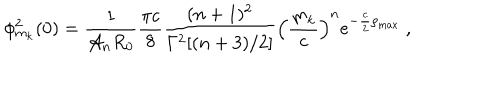
\phi _ { m _ { k } } ^ { 2 } ( 0 ) = \frac { 1 } { { \cal A } _ { n } R _ { 0 } } \frac { \pi c } { 8 } \frac { ( n + 1 ) ^ { 2 } } { \Gamma ^ { 2 } [ ( n + 3 ) / 2 ] } \left( \frac { m _ { k } } { c } \right) ^ { n } e ^ { - \frac { c } { 2 } \rho _ { \mathrm { m a x } } } ~ ,